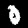
Digit: 0